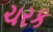
ચરક